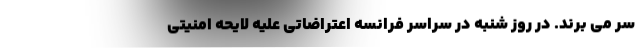
سر می برند. در روز شنبه در سراسر فرانسه اعتراضاتی علیه لایحه امنیتی